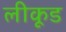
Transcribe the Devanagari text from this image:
लीकूड